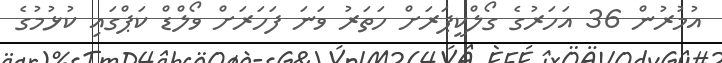
އުމުރުން 36 އަހަރުގެ ގޯލްކީޕަރަށް ހަތަރު ވަނަ ފަހަރަށް ވޯލްޑް ކަޕްގައި ކުޅުމުގެ